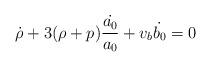
LaTeX: \begin{align*}\dot{\rho} + 3 (\rho + p) \frac{\dot{a_0}}{a_0} + v_b \dot{b_0} = 0\end{align*}